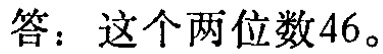
答：这个两位数$46$。